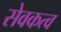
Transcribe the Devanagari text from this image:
सेवकत्व